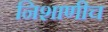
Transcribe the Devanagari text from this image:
निशाणीच